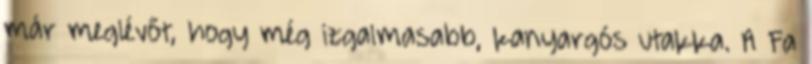
már meglévőt, hogy még izgalmasabb, kanyargós utakka. A Fa